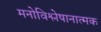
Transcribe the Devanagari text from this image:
मनोविश्लेषानात्मक